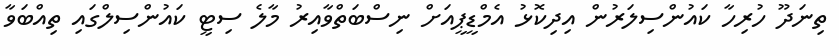
ތިނަދޫ ހުރިހާ ކައުންސިލަރުން އިދިކޮޅު އެމްޑީޕީއަށް ނިސްބަތްވާއިރު މާލެ ސިޓީ ކައުންސިލްގައި ތިއްބަވާ